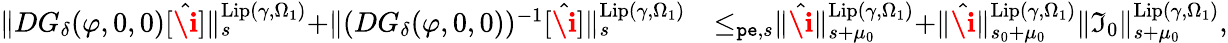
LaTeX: \begin{array}{rl}{\rVert DG_{\delta}(\varphi,0,0)[\hat{\textbf{\i}}]\rVert_{s}^{\mathrm{Lip}(\gamma,\Omega_{1})}+\rVert(DG_{\delta}(\varphi,0,0))^{-1}[\hat{\textbf{\i}}]\rVert_{s}^{\mathrm{Lip}(\gamma,\Omega_{1})}}&{\le_{\mathtt{pe},s}\rVert\hat{\textbf{\i}}\rVert_{s+\mu_{0}}^{\mathrm{Lip}(\gamma,\Omega_{1})}+\rVert\hat{\textbf{\i}}\rVert_{s_{0}+\mu_{0}}^{\mathrm{Lip}(\gamma,\Omega_{1})}\rVert\mathfrak{I}_{0}\rVert_{s+\mu_{0}}^{\mathrm{Lip}(\gamma,\Omega_{1})},}\end{array}